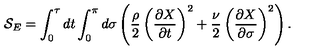
{ \cal S } _ { E } = \int _ { 0 } ^ { \tau } d t \int _ { 0 } ^ { \pi } d \sigma \left( \frac { \rho } { 2 } \left( \frac { \partial X } { \partial t } \right) ^ { 2 } + \frac { \nu } { 2 } \left( \frac { \partial X } { \partial \sigma } \right) ^ { 2 } \right) .